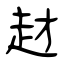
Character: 䞗